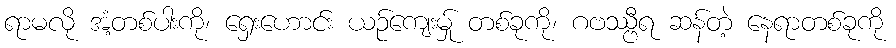
ရာမလို အံ့တစ်ပါးကို၊ ရှေးဟောင်း ယဉ်ကျေးမ်ှု တစ်ခုကို၊ ဂဗဿ္ဗီရ ဆန်တဲ့ နေရာတစ်ခုကို